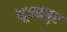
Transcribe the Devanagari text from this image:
नूरमपुर